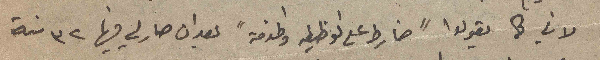
لاني كما يقولوا "ضارط على الوظيفه والخدمة" بعد ان صار لي فيها ٣٢ سنة